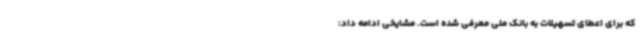
که برای اعطای تسهیلات به بانک ملی معرفی شده است. مشایخی ادامه داد: